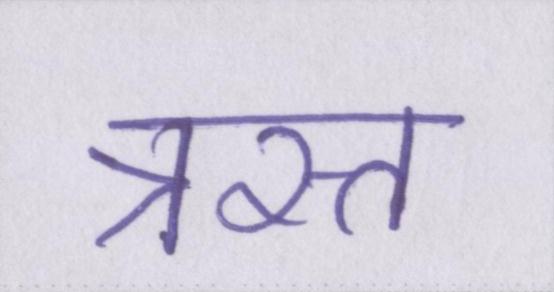
त्रस्त